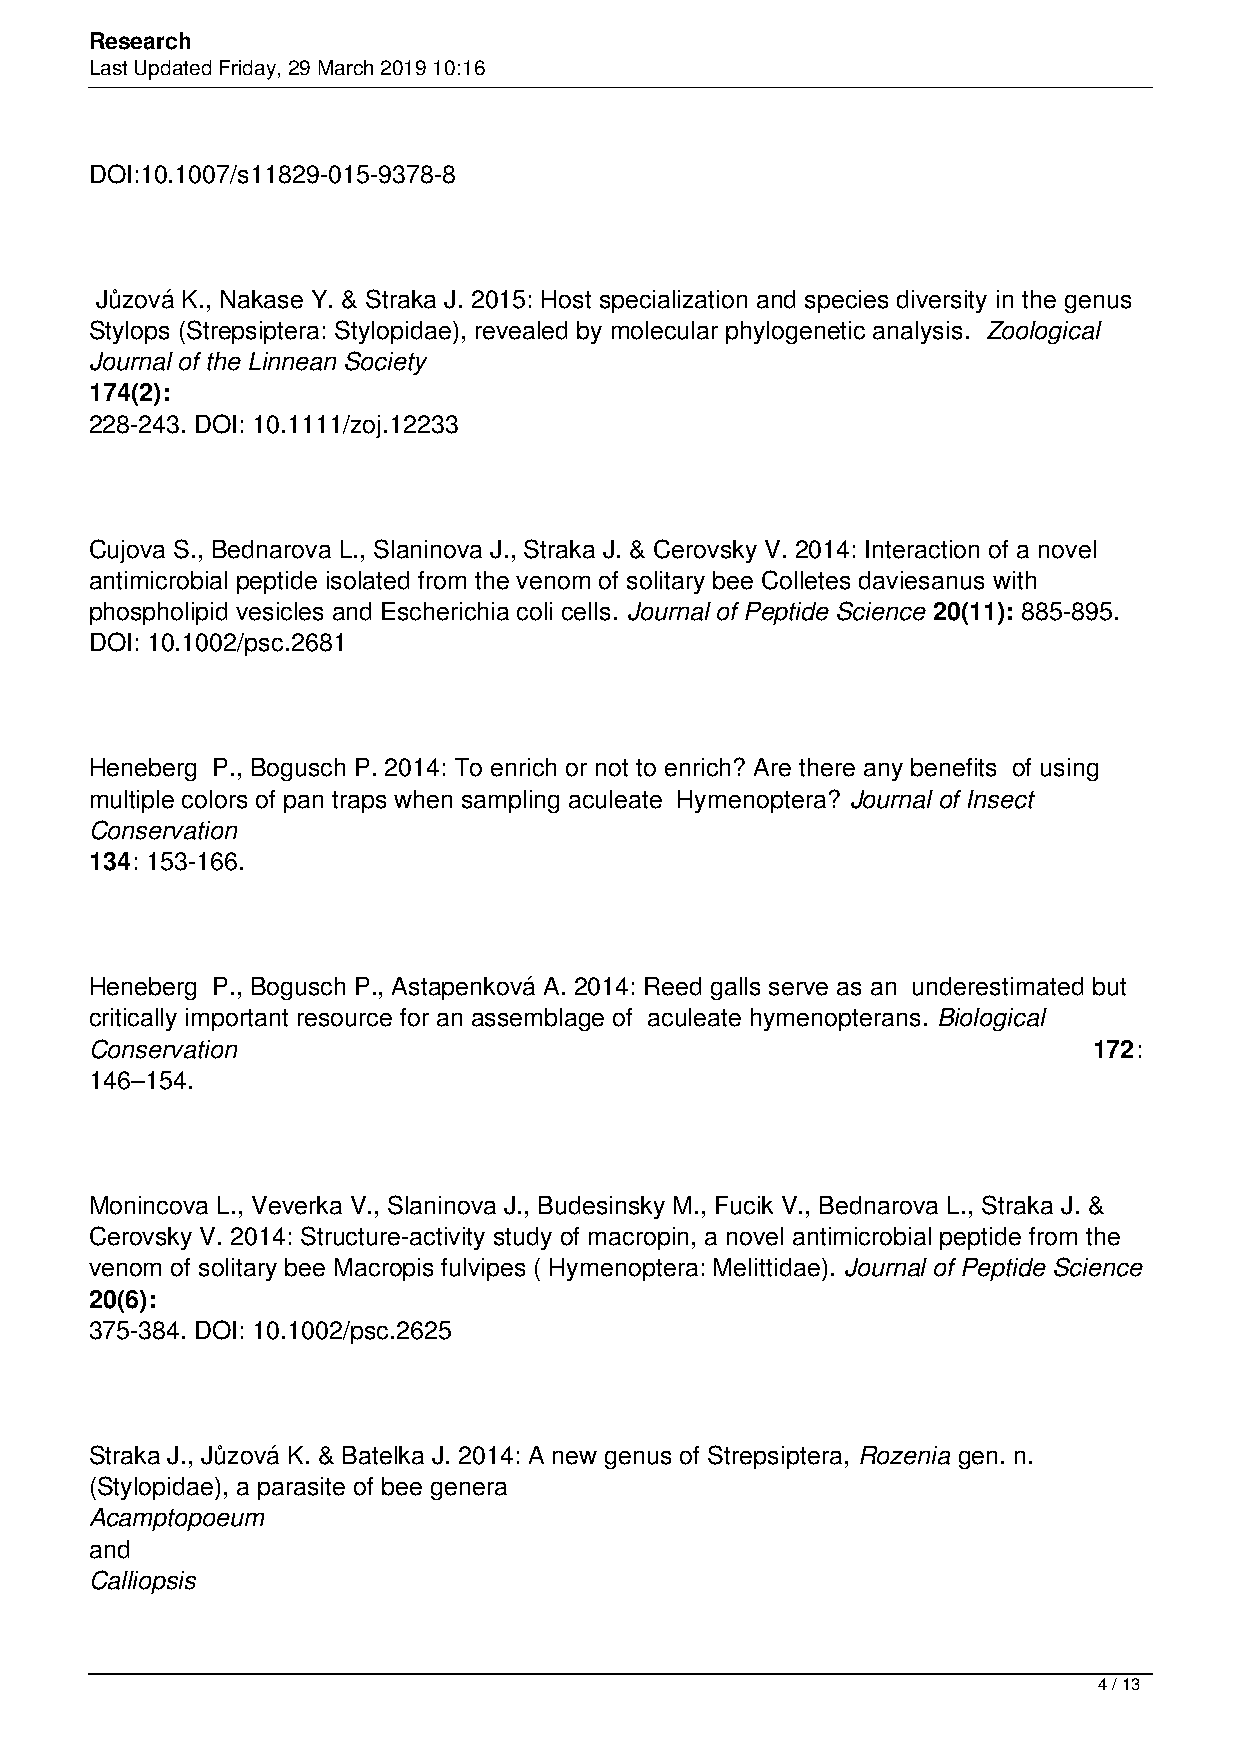
Research
 Last Updated Friday, 29 March 2019 10:16
 DOI:10.1007/s11829-015-9378-8
 Jůzová K., Nakase Y. & Straka J. 2015: Host specialization and species diversity in the genus
 Stylops (Strepsiptera: Stylopidae), revealed by molecular phylogenetic analysis. Zoological
 Journal of the Linnean Society
 174(2):
 228-243. DOI: 10.1111/zoj.12233
 Cujova S., Bednarova L., Slaninova J., Straka J. & Cerovsky V. 2014: Interaction of a novel
 antimicrobial peptide isolated from the venom of solitary bee Colletes daviesanus with
 phospholipid vesicles and Escherichia coli cells. Journal of Peptide Science 20(11): 885-895.
 DOI: 10.1002/psc.2681
 Heneberg P., Bogusch P. 2014: To enrich or not to enrich? Are there any benefits of using
 multiple colors of pan traps when sampling aculeate Hymenoptera? Journal of Insect
 Conservation
 134: 153-166.
 Heneberg P., Bogusch P., Astapenková A. 2014: Reed galls serve as an underestimated but
 critically important resource for an assemblage of aculeate hymenopterans. Biological
 Conservation                                                      172:
 146–154.
 Monincova L., Veverka V., Slaninova J., Budesinsky M., Fucik V., Bednarova L., Straka J. &
 Cerovsky V. 2014: Structure-activity study of macropin, a novel antimicrobial peptide from the
 venom of solitary bee Macropis fulvipes ( Hymenoptera: Melittidae). Journal of Peptide Science
 20(6):
 375-384. DOI: 10.1002/psc.2625
 Straka J., Jůzová K. & Batelka J. 2014: A new genus of Strepsiptera, Rozenia gen. n.
 (Stylopidae), a parasite of bee genera
 Acamptopoeum
 and
 Calliopsis
 4 / 13